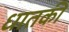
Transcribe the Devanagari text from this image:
धातकी